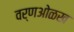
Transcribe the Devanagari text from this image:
वर्णओळख